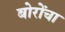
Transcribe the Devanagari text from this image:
बोरोंचा